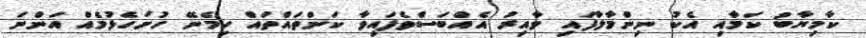
ކާމިޔާބު ކަމާއި އެކު ނިންމާލާފައި ވާއިރު އެއްބަސްވެފައިވާ ކަންތައްތައް ހިމެނޭ ހުށަހެޅުމެއް އަންނަ